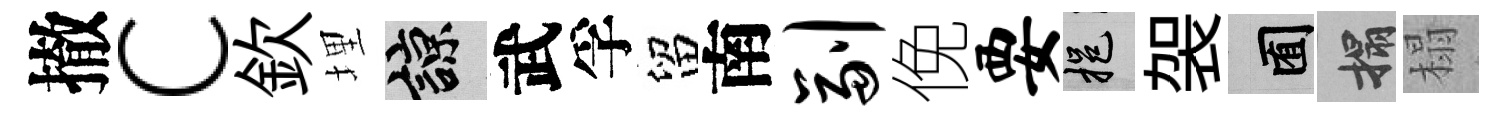
撤c欽埋諒武孚留南副俛要挹袈囿搨榻